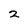
Character: 2